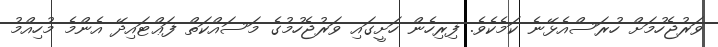
ވަރުޖެހުމަށް ހުރަސްއެޅޭނެ ކަމެކެވެ. ފިރިހެން ހަށީގައި ވަރުޖެހުމުގެ މަސައްކަތް ފަޢްޓައިދޭ އެންމެ މުހިއްމު